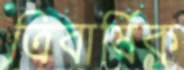
ত্রিবার্ষিক